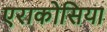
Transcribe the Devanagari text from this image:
एराकोसिया